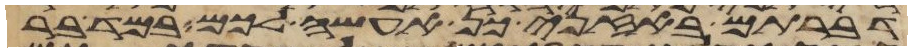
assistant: דברתם באזני כן אעשה לכם במדבר